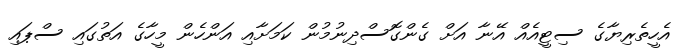
އެހީތެރިޔާގެ ސިޓީއެއް އޭނާ އަށް ގެންގޮސްދިނުމުން ކަމަށާއި އަންހެން މީހާގެ އަތުގައި ސްޕައި